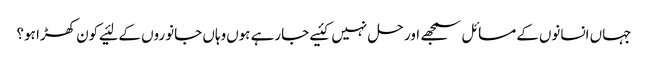
جہاں‌ انسانوں‌کے مسائل سمجھے اور حل نہیں‌کئیے جارہے ہوں‌وہاں‌ جانوروں‌ کے لئیے کون کھڑا ہو؟